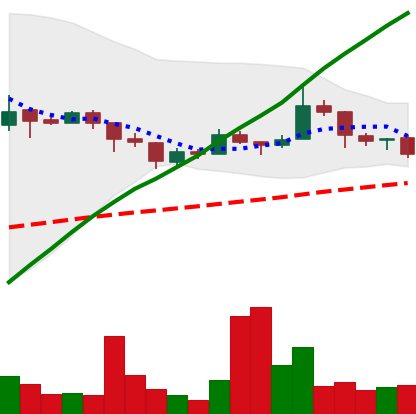
Ticker: LTC-USD
Chart end date: 2018-01-11
Forward return: -17.891%
Label: down_7plus